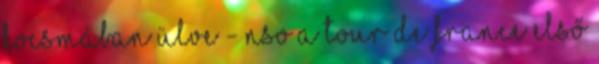
kocsmában ülve - NSO A Tour de France első